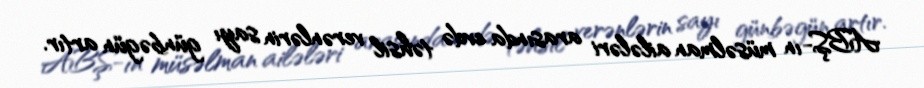
ABŞ-ın müsəlman ailələri arasında evdə təhsil verənlərin sayı günbəgün artır.